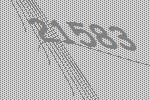
21583